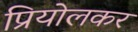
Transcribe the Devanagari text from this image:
प्रियोलकर